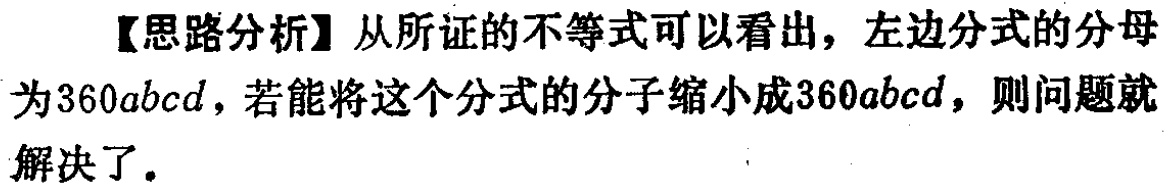
【思路分析】从所证的不等式可以看出，左边分式的分母为\(360abcd\)，若能将这个分式的分子缩小成\(360abcd\)，则问题就解决了。